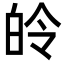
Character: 皊